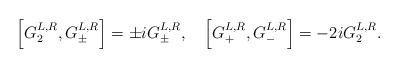
LaTeX: \begin{align*}\left[ G_{2}^{L,R},G_{\pm }^{L,R}\right] =\pm iG_{\pm }^{L,R},\quad \left[G_{+}^{L,R},G_{-}^{L,R}\right] =-2iG_{2}^{L,R}.\end{align*}